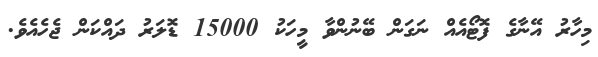
މިހާރު އޭނާގެ ފޮޓޯއެއް ނަގަން ބޭނުންވާ މީހަކު 15000 ޑޮލަރު ދައްކަން ޖެހެއެވެ.